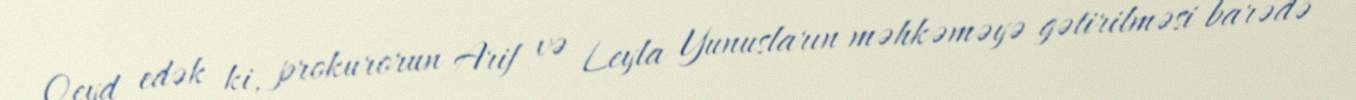
Qeyd edək ki, prokurorun Arif və Leyla Yunusların məhkəməyə gətirilməsi barədə